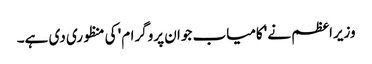
وزیراعظم نے 'کامیاب جوان پروگرام' کی منظوری دی ہے۔